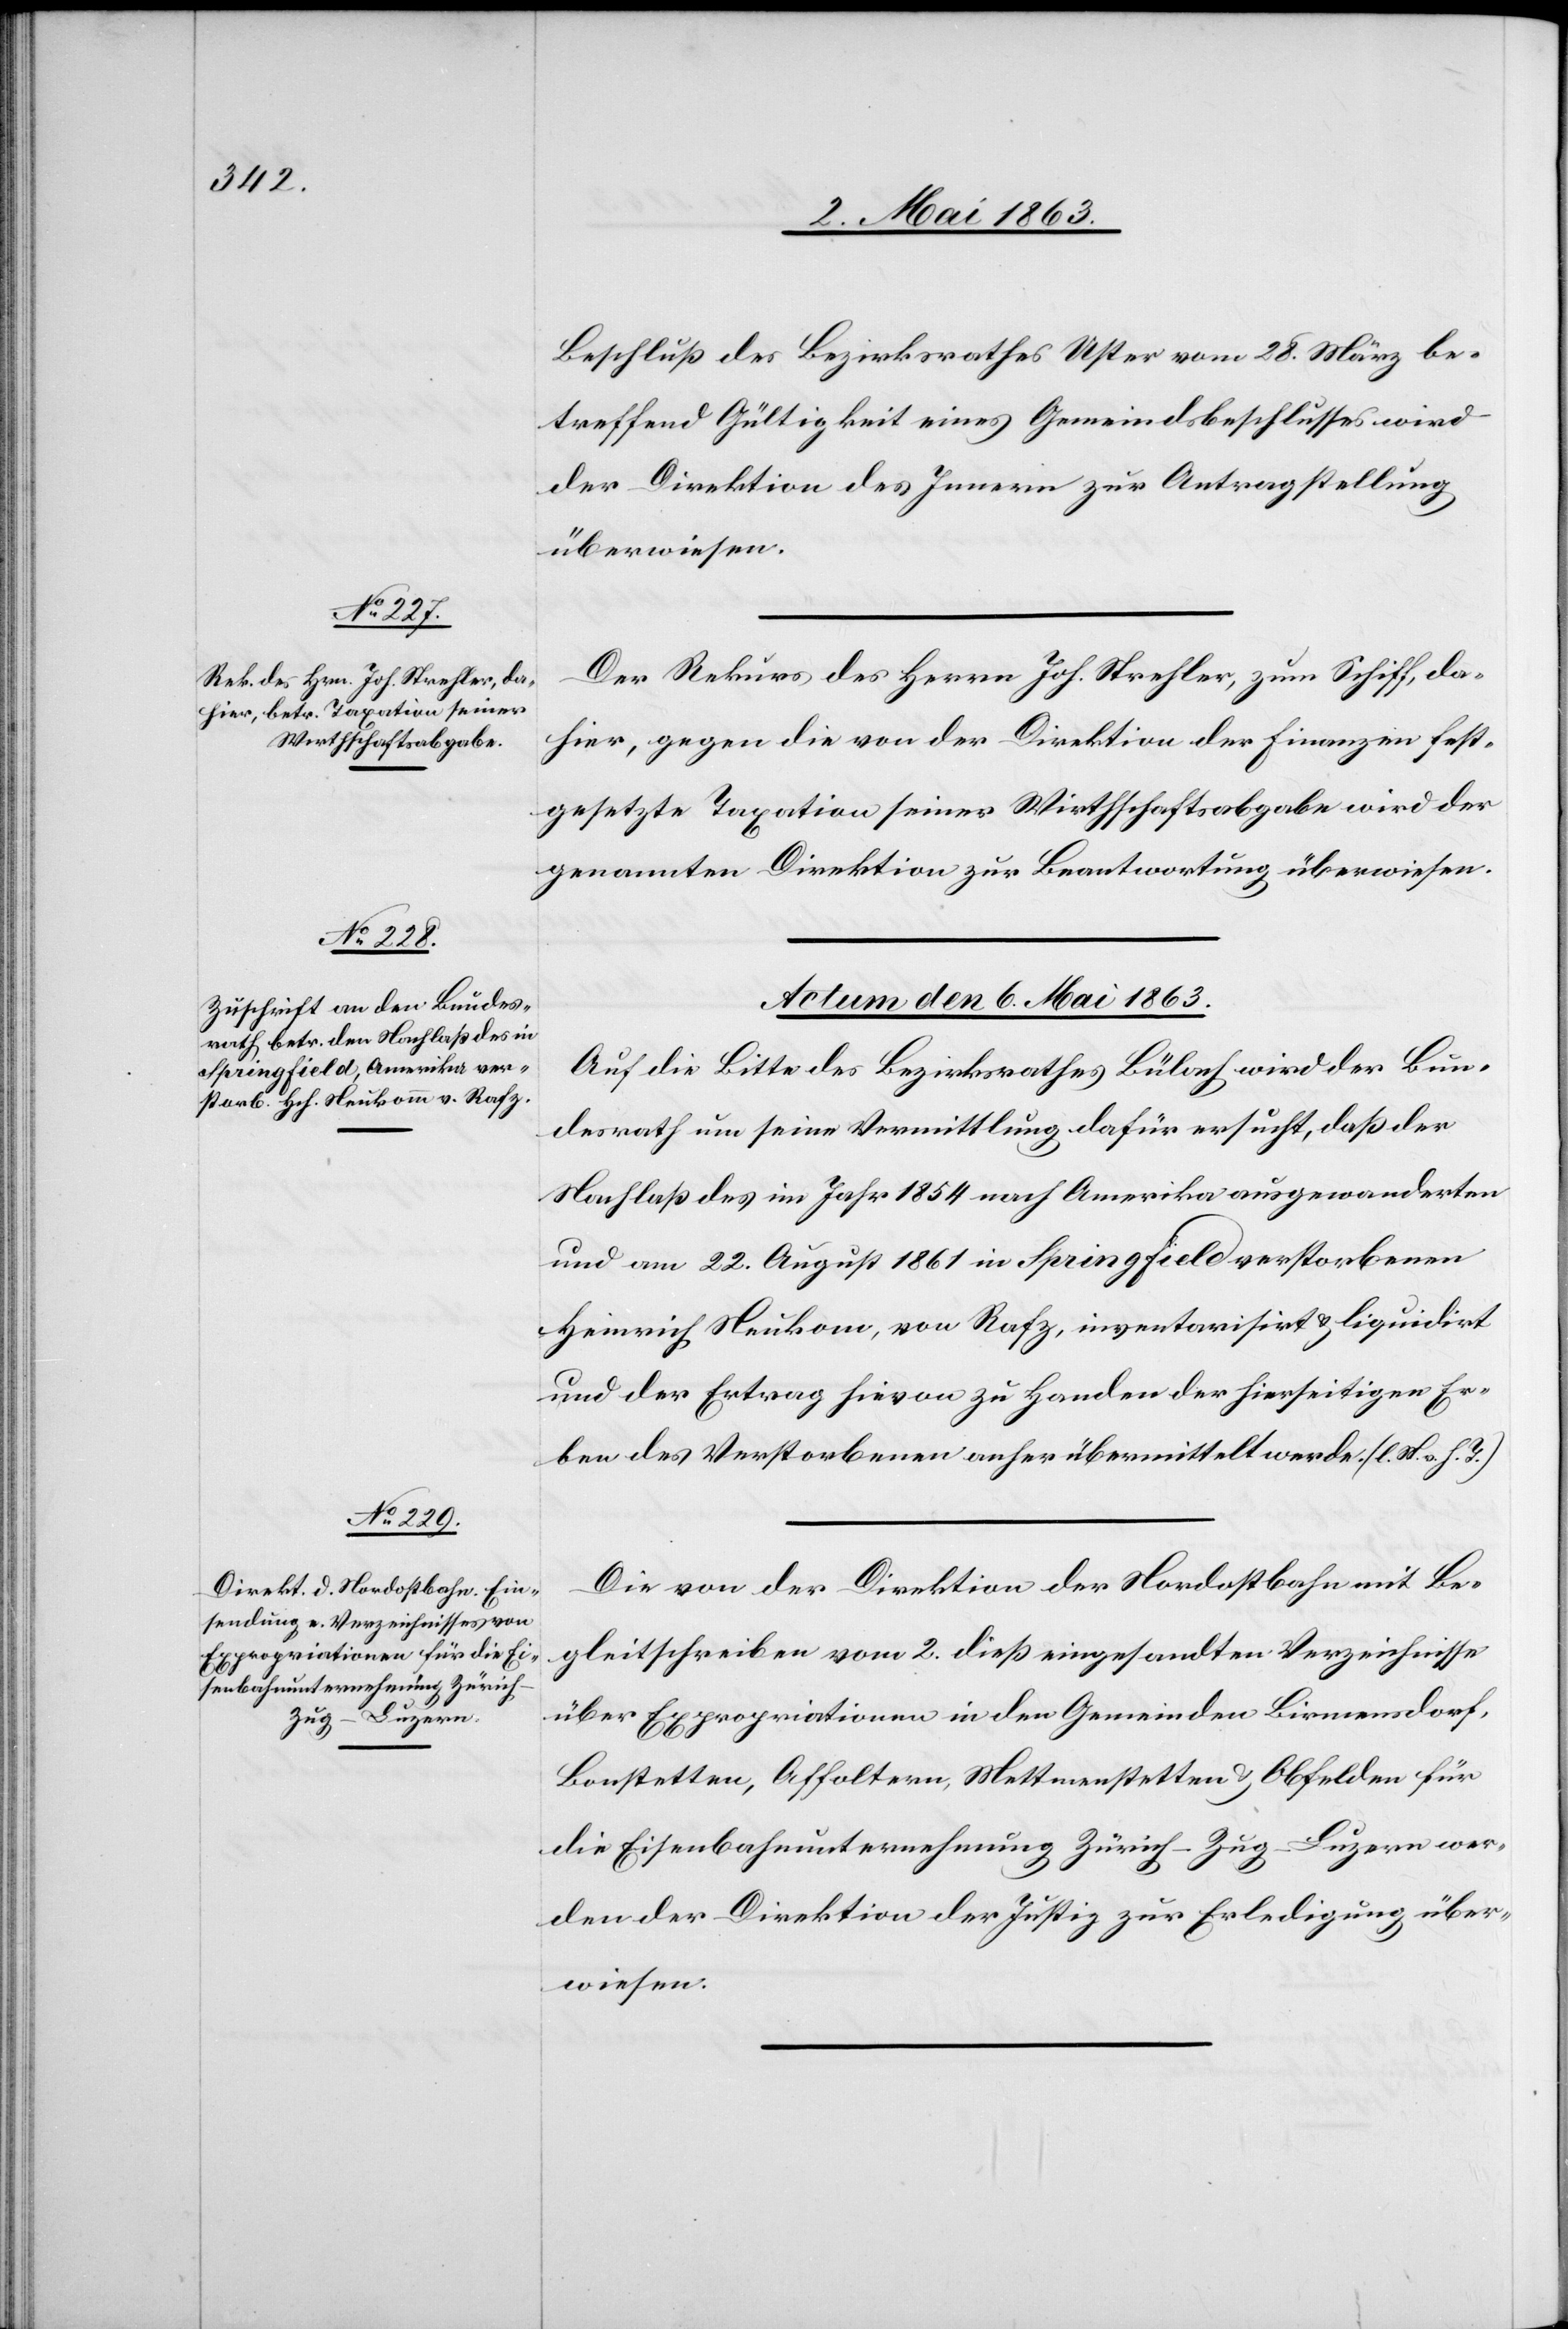
Beschluß des Bezirksrathes Uster vom 28. März be¬
treffend Gültigkeit eines Gemeindsbeschlusses wird
der Direktion des Innern zur Antragstellung
überwiesen.
Der Rekurs des Herrn Joh. Strehler, zum Schiff, da¬
hier, gegen die von der Direktion der Finanzen fest¬
gesetzte Taxation seiner Wirthschaftsabgabe wird der
genannten Direktion zur Beantwortung überwiesen.
Actum den 6. Mai 1863.]
Auf die Bitte des Bezirksrathes Bülach wird der Bun¬
desrath um seine Vermittlung dafür ersucht, daß der
Nachlaß des im Jahr 1854 nach Amerika ausgewanderten
und am 22. August 1861 in Springfield verstorbenen
Heinrich Neukom [sic!], von Rafz, inventarisirt & liquidirt
und der Ertrag hievon zu Handen der hierseitigen Er¬
ben des Verstorbenen anher übermittelt werde. (l. M. v. h. T.)
Die von der Direktion der Nordostbahn mit Be¬
gleitschreiben vom 2. dieß eingesandten Verzeichnisse
über Expropriationen in den Gemeinden Birmensdorf,
Bonstetten, Affoltern, Mettmenstetten & Obfelden für
die Eisenbahnunternehmung Zürich–Zug–Luzern wer¬
den der Direktion der Justiz zur Erledigung über¬
wiesen.